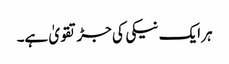
ہر ایک نیکی کی جڑ تقویٰ ہے۔